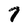
Character: 7